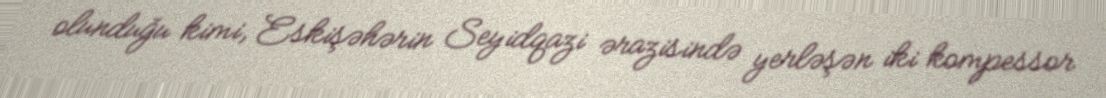
olunduğu kimi, Eskişəhərin Seyidqazi ərazisində yerləşən iki kompessor